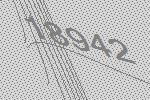
18942